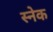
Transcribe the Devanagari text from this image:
स्‍नेक